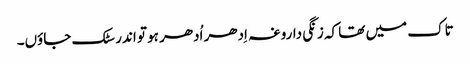
تاک میں تھا کہ زنگی داروغہ اِدھر اُدھر ہو تو اندر سٹک جاؤں۔